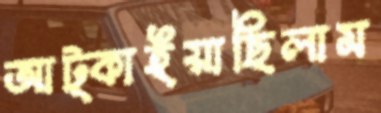
আট্‌কাইয়াছিলাম